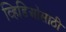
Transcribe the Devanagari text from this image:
व्हिडिओंसाठी